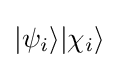
|\psi _{i}\rangle |\chi _{i}\rangle